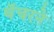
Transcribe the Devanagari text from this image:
थॅचरने